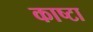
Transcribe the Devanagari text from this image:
काष्टा